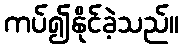
ကပ်၍နိုင်ခဲ့သည်။